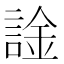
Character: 𫍀